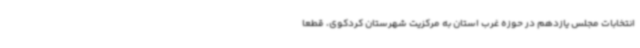
انتخابات مجلس یازدهم در حوزه غرب استان به مرکزیت شهرستان کردکوی، قطعا